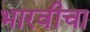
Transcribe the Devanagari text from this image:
भारवीचा